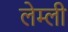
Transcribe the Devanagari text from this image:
लेम्ली